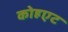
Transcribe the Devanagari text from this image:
कोहएट